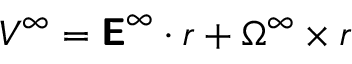
\boldsymbol { V } ^ { \infty } = \boldsymbol { \mathsf { E } } ^ { \infty } \cdot \boldsymbol { r } + \boldsymbol { \Omega } ^ { \infty } \times \boldsymbol { r }